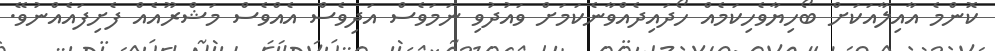
ކޮންމެ އާއިލާއަކަށް ބޯހިޔާވެހިކަމެއް ހޯދައިދެއްވާނެކަމަށް ވައުދުވި ނަމަވެސް އަދިވެސް އެއްވެސް މަޝްރޫއެއް ފެށިފައެއްނުވޭ.